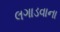
લગાડવાના